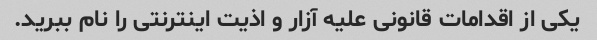
یکی از اقدامات قانونی علیه آزار و اذیت اینترنتی را نام ببرید.